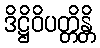
ဒိဋ္ဌိဝိပတ္တိန္တိ